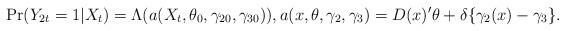
LaTeX: \begin{align*}\Pr(Y_{2t}=1|X_{t})=\Lambda(a(X_{t},\theta_{0},\gamma_{20},\gamma_{30})),a(x,\theta,\gamma_{2},\gamma_{3})=D(x)^{\prime}\theta+\delta\{\gamma_{2}(x)-\gamma_{3}\}. \end{align*}